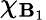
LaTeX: \chi_{\mathbf{B}_{1}}